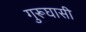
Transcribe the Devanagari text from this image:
गुरूघासी